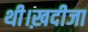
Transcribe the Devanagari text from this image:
थी।ख़दीजा